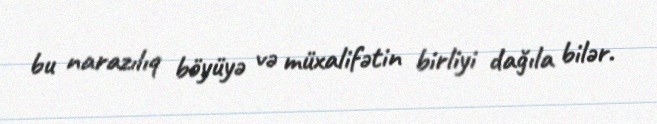
bu narazılıq böyüyə və müxalifətin birliyi dağıla bilər.